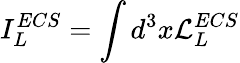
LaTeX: I_{L}^{ECS}=\int d^{3}x{\cal L}_{L}^{ECS}